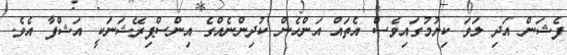
ފެޝަން އަދި ލަވަ ކިޔުމުގައިވެސް އެތައް އަންހެން ކުދިންނެއްގެ އިންސްޕިރޭޝަނަކީ އަޝްފާ އެވެ.